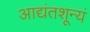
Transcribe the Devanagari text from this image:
आद्यंतशून्यं